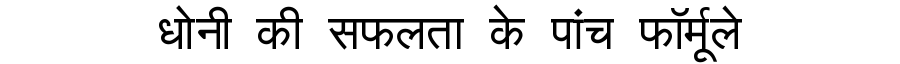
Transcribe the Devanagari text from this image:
धोनी की सफलता के पांच फॉर्मूले